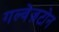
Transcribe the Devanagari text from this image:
गल्वेज़टोन